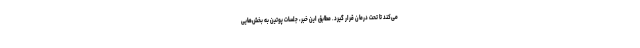
می‌کند تا تحت درمان قرار گیرد. مطابق این خبر، جلسات پوتین به بخش‌هایی